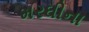
મરઘીના